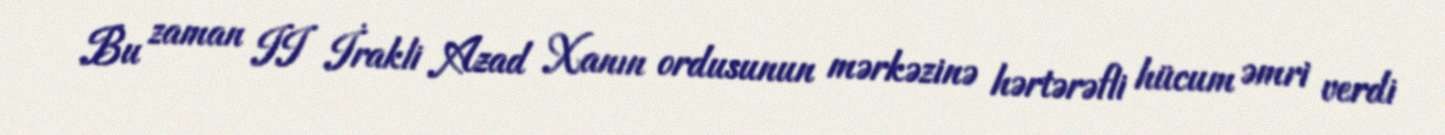
Bu zaman II İrakli Azad Xanın ordusunun mərkəzinə hərtərəfli hücum əmri verdi